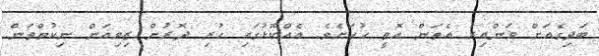
ބަދިގެއަށް ވަންއިރު އެތަން އޮތީ ހުހަށެވެ. އެއްކޮޅުގައި ހުރި ދޮރުން ޒިވިއަން ނިކުތްތަން